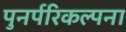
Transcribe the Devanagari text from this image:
पुनर्परिकल्पना